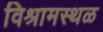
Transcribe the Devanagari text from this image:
विश्रामस्थळ